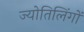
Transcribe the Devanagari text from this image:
ज्योतिलिंगों